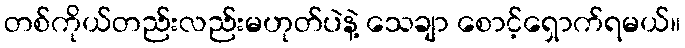
တစ်ကိုယ်တည်းလည်းမဟုတ်ပဲနဲ့ သေချာ စောင့်ရှောက်ရမယ်။